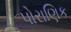
પોરાણિક